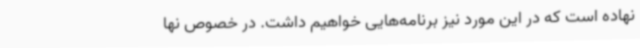
نهاده است که در این مورد نیز برنامه‌هایی خواهیم داشت. در خصوص نها